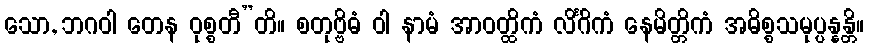
သော, ဘဂဝါ တေန ဝုစ္စတီ”တိ။ စတုဗ္ဗိဓံ ဝါ နာမံ အာဝတ္ထိကံ လိင်္ဂိကံ နေမိတ္တိကံ အဓိစ္စသမုပ္ပန္နန္တိ။